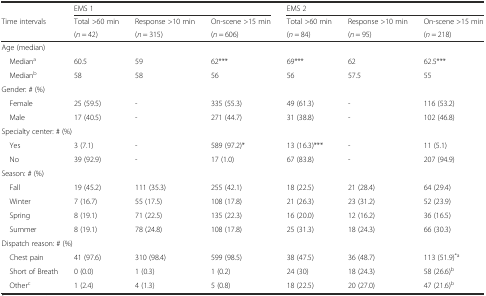
|  | <COLSPAN=3> EMS 1 | <COLSPAN=3> EMS 2 |
 | <ROWSPAN=2> Time intervals | Total >60 min | Response >10 min | On-scene >15 min | Total >60 min | Response >10 min | On-scene >15 min |
 | (n = 42) | (n = 315) | (n = 606) | (n = 84) | (n = 95) | (n = 218) |
 | --- | --- | --- | --- | --- | --- | --- |
 | Age (median) |  |  |  |  |  |  |
 | Mediana | 60.5 | 59 | 62*** | 69*** | 62 | 62.5*** |
 | Medianb | 58 | 58 | 56 | 56 | 57.5 | 55 |
 | Gender: # (%) |  |  |  |  |  |  |
 | Female | 25 (59.5) | - | 335 (55.3) | 49 (61.3) | - | 116 (53.2) |
 | Male | 17 (40.5) | - | 271 (44.7) | 31 (38.8) | - | 102 (46.8) |
 | <COLSPAN=2> Specialty center: # (%) |  |  |  |  |  |
 | Yes | 3 (7.1) | - | 589 (97.2)* | 13 (16.3)*** | - | 11 (5.1) |
 | No | 39 (92.9) | - | 17 (1.0) | 67 (83.8) | - | 207 (94.9) |
 | Season: # (%) |  |  |  |  |  |  |
 | Fall | 19 (45.2) | 111 (35.3) | 255 (42.1) | 18 (22.5) | 21 (28.4) | 64 (29.4) |
 | Winter | 7 (16.7) | 55 (17.5) | 108 (17.8) | 21 (26.3) | 23 (31.2) | 52 (23.9) |
 | Spring | 8 (19.1) | 71 (22.5) | 135 (22.3) | 16 (20.0) | 12 (16.2) | 36 (16.5) |
 | Summer | 8 (19.1) | 78 (24.8) | 108 (17.8) | 25 (31.3) | 18 (24.3) | 66 (30.3) |
 | <COLSPAN=2> Dispatch reason: # (%) |  |  |  |  |  |
 | Chest pain | 41 (97.6) | 310 (98.4) | 599 (98.5) | 38 (47.5) | 36 (48.7) | 113 (51.9)*a |
 | Short of Breath | 0 (0.0) | 1 (0.3) | 1 (0.2) | 24 (30) | 18 (24.3) | 58 (26.6)b |
 | Otherc | 1 (2.4) | 4 (1.3) | 5 (0.8) | 18 (22.5) | 20 (27.0) | 47 (21.6)b |